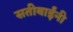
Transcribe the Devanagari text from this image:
सतीबाईंनी